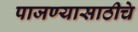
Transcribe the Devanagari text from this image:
पाजण्यासाठीचे